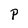
Character: P